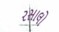
રસાલો